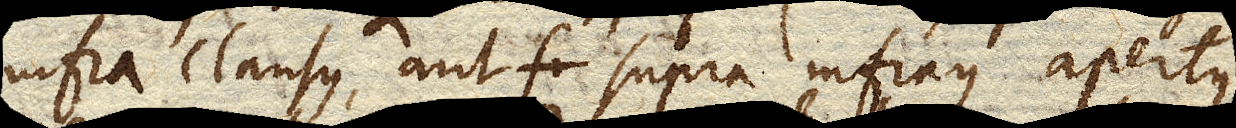
infra clausus, aut supra infraque apertus